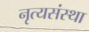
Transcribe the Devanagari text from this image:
नृत्यसंस्था